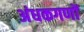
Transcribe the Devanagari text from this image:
अंधकगणों